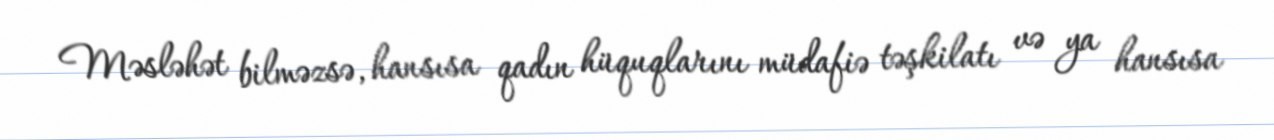
Məsləhət bilməzsə, hansısa qadın hüquqlarını müdafiə təşkilatı və ya hansısa